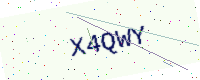
Text: X4QWY